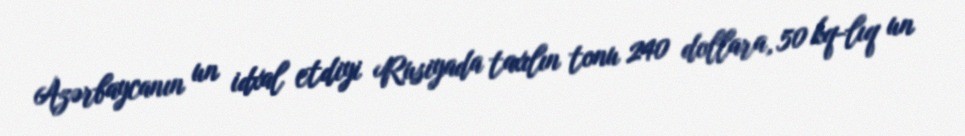
Azərbaycanın un idxal etdiyi Rusiyada taxılın tonu 240 dollara, 50 kq-lıq un